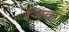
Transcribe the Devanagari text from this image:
जि़क्र